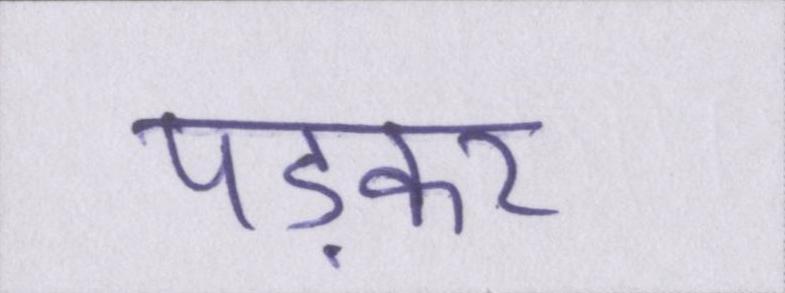
पड़कर